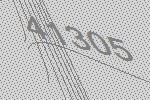
41305